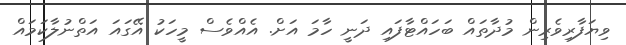
ވިޔަފާރިވެރިން މުދާތައް ބަހައްޓާފައި ދަނީ ހާމަ އަށް. އެއްވެސް މީހަކު އޭގައަ އަތްނުލާކަމައް